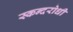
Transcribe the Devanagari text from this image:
स्कन्दरोधी